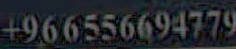
966556694779+